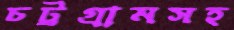
চট্টগ্রামসহ